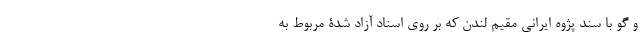
و گو با سند پژوه ایرانی مقیم لندن که بر روی اسناد آزاد شدۀ مربوط به